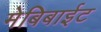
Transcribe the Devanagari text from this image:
मेबिबाईट